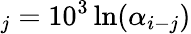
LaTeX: _j=10^{3}\ln(\alpha_{i-j})